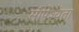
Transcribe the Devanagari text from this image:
सोपेश्यता